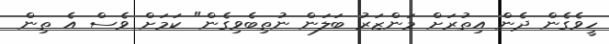
ހީވެގެން ދެން އިތުރަށް މަންޒަރު ބަލަން ނުތިބެވިގެން" ކަމަށް ވެސް އެ ތިން